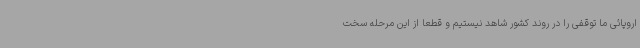
اروپائی ما توقفی را در روند کشور شاهد نیستیم و قطعا از این مرحله سخت